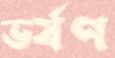
ভর্ষণ